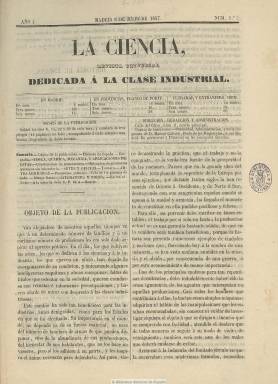
Título: La Ciencia (Madrid. 1857)
Colección: Ciencias
Ámbito geográfico: Madrid
Lugar de publicación: Madrid
Fechas: 08/07/1857-15/08/1857

Con el subtítulo “revista universal dedicada a la clase industrial” aparece el ocho de julio de 1857. Inserta textos de divulgación sobre artes y oficios, artes agrícolas, aplicaciones de la física, química y mecánica, sistema métrico decimal y otros de igual carácter práctico. A ello le suma las secciones comercial, mercantil y oficial. Asimismo, incluye textos literarios y poesías, una revista decenal con noticias particulares y otra sección de miscelánea. Con cuatro entregas al mes, de ocho páginas cada una, compuestas a dos columnas, incluye también una doble página de grabados bajo el epígrafe “Álbum de la ciencia”. Impresa por Manuel Galiana, el seis es el último número de la colección de la BNE, correspondiente al 15 de agosto de 1857, por lo que su vida debió ser efímera, desapareciendo ese mismo año.